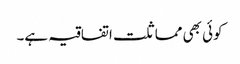
کوئی بھی مماثلت اتفاقیہ ہے۔